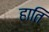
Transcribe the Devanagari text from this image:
हाति